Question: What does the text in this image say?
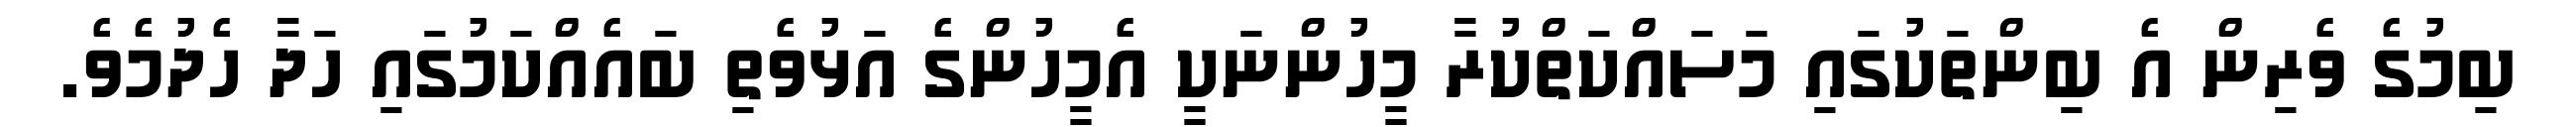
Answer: ބިމުގެ ވެރިން އެ ބިންތަކުގައި މަސައްކަތްކުރާ މީހުންނަކީ އެމީހުންގެ އަޅުވެތި ބައެއްކަމުގައި ހަދާ ހެދުމެވެ.